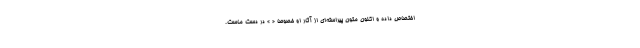
اختصاص داده و اکنون متون پیراسته‌ای از آثار او خصوصا « » در دست ماست.